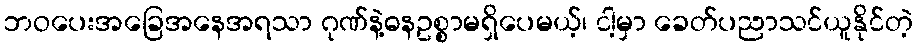
ဘဝပေးအခြေအနေအရသာ ဂုဏ်နဲ့ဓနဥစ္စာမရှိပေမယ့်၊ ငါ့မှာ ခေတ်ပညာသင်ယူနိုင်တဲ့